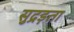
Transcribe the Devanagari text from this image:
सुद्रड़ता